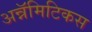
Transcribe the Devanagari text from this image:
अन्नॅमिटिकस